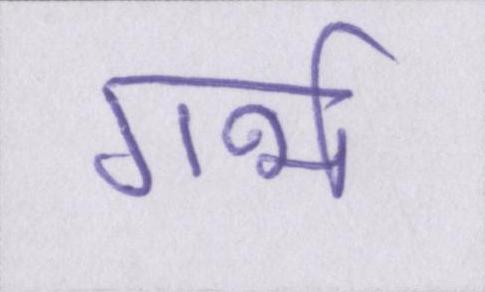
गर्भ